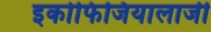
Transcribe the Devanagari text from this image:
इकोफिजियालाजी